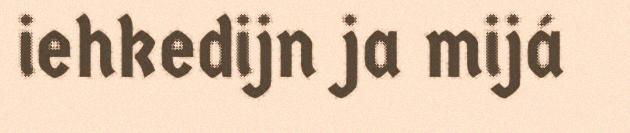
iehkedijn ja mijá